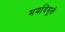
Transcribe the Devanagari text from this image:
मर्यादेमूळे